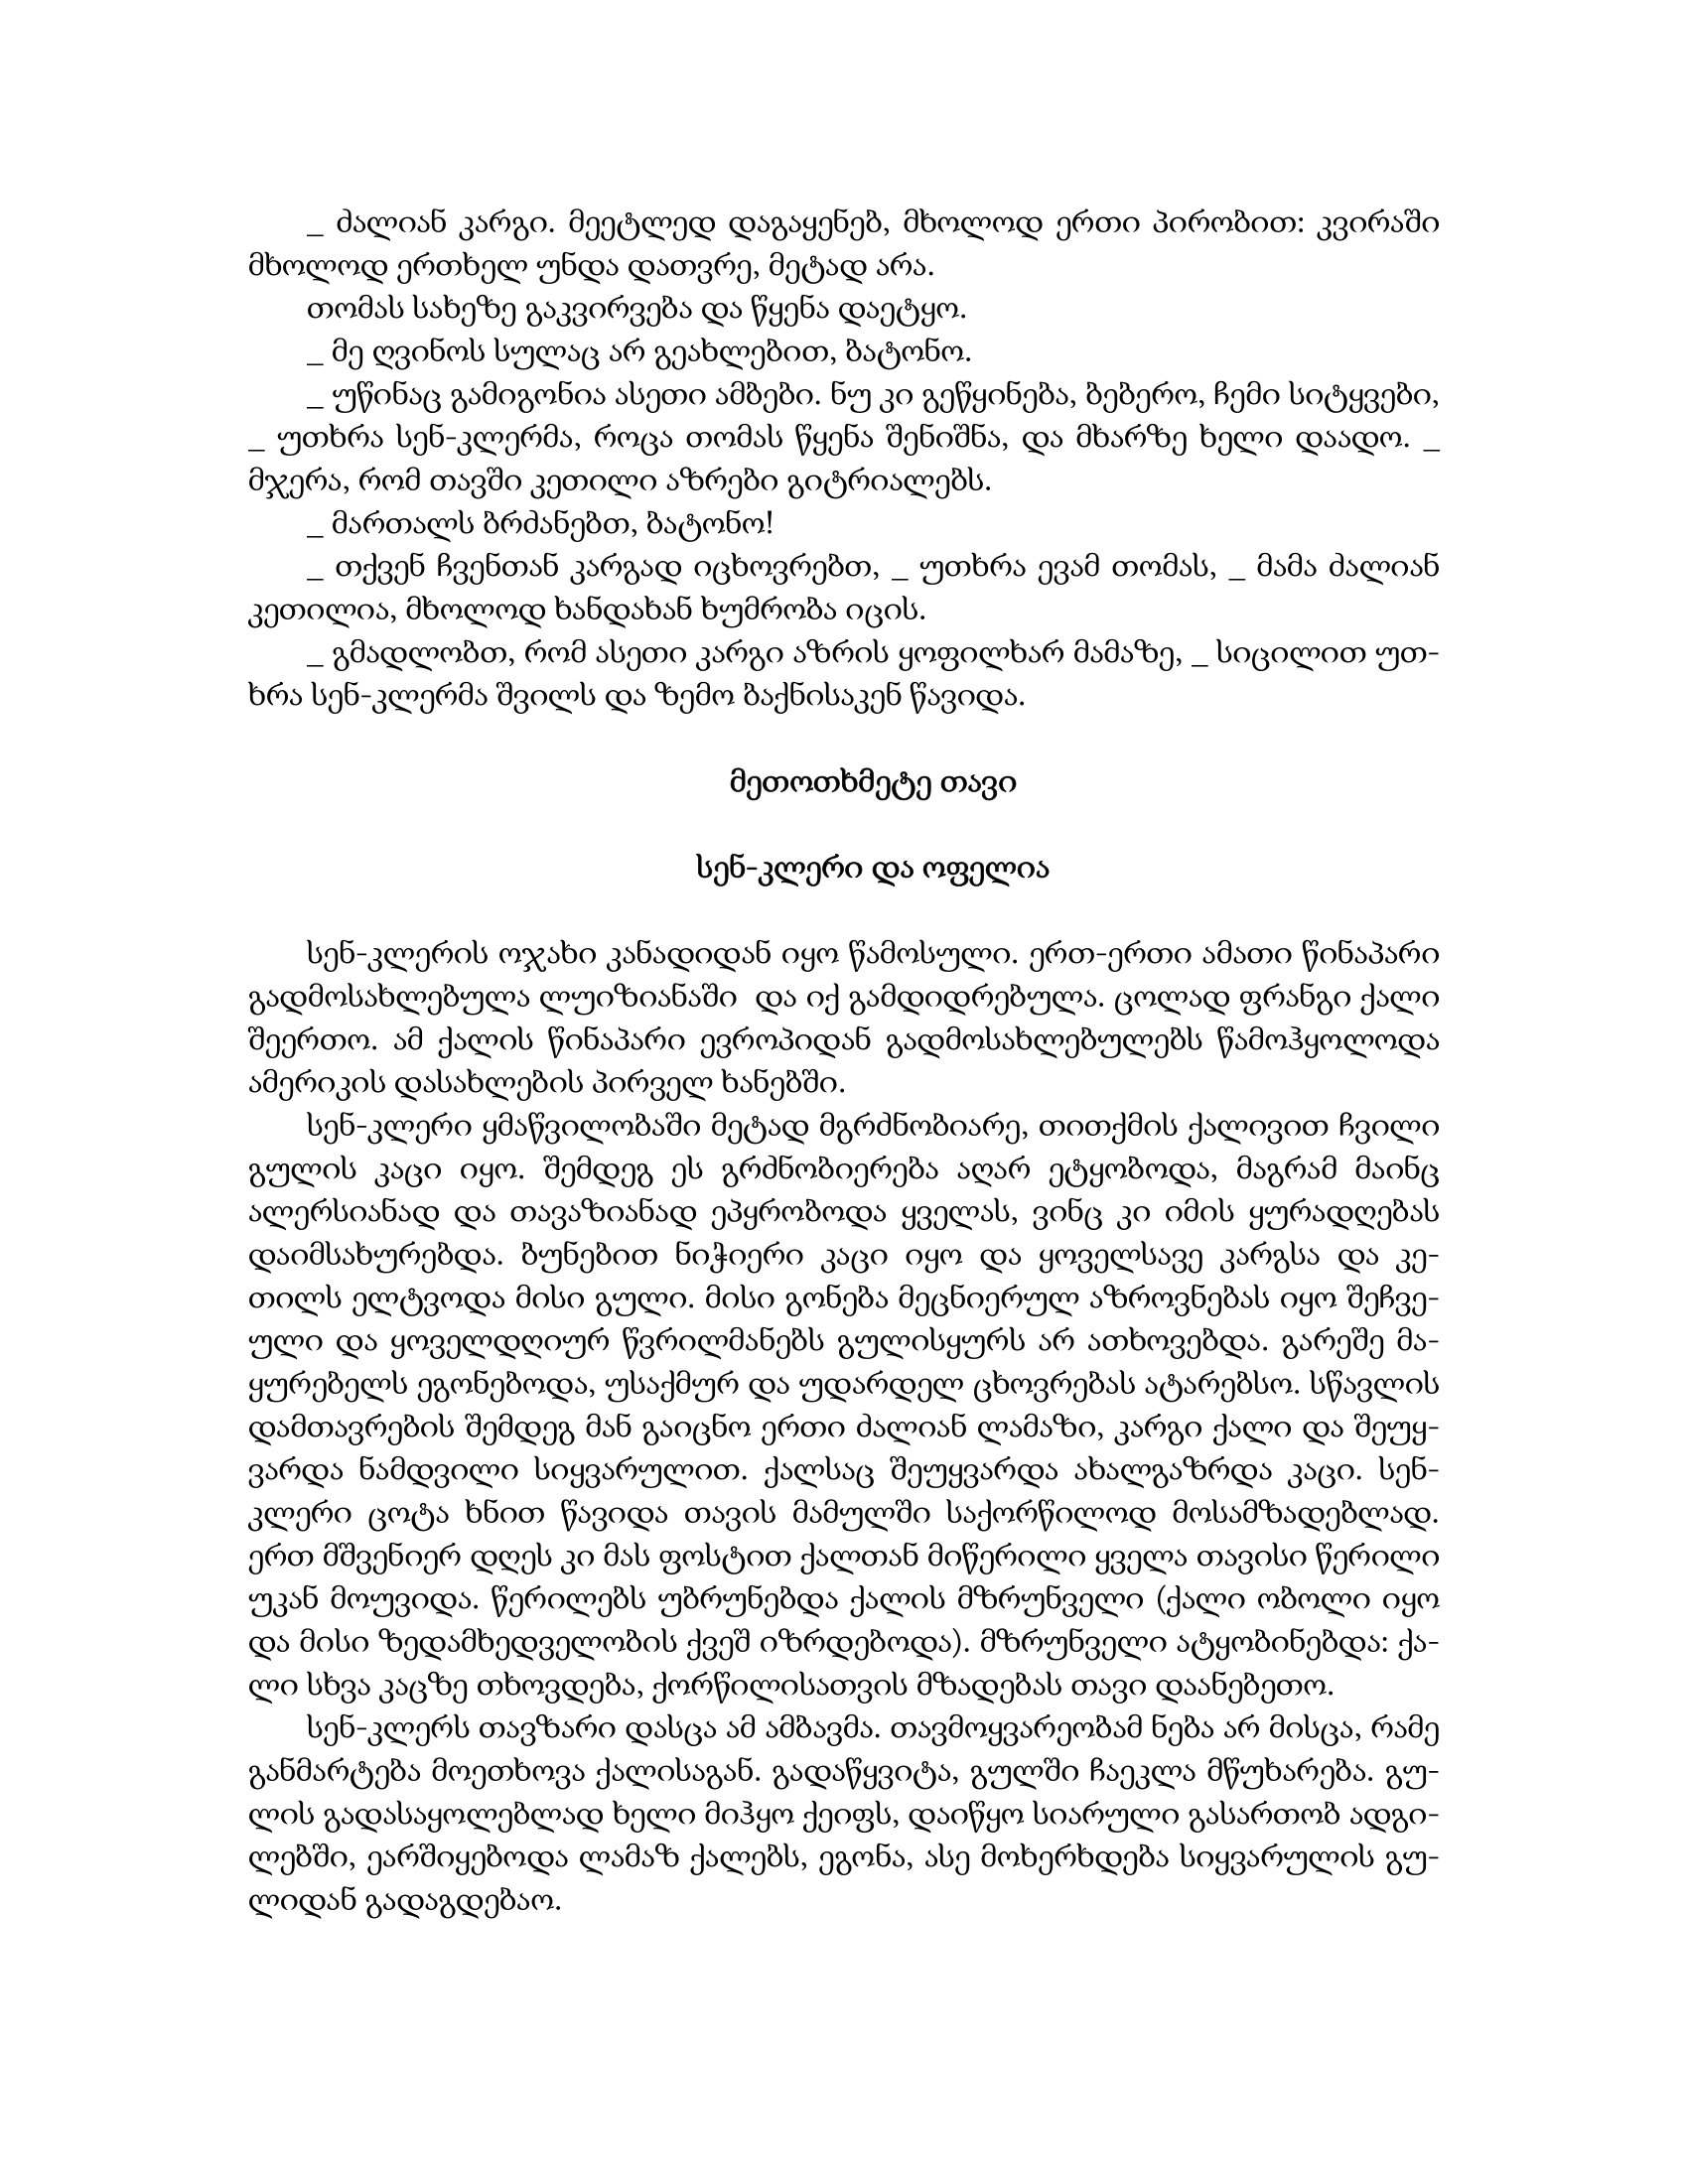
Language: gr